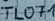
Text: TL071